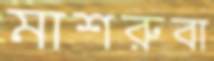
মাশরুবা